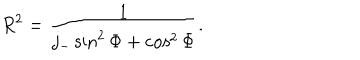
R ^ { 2 } = \frac { 1 } { j _ { - } \sin ^ { 2 } \Phi + \cos ^ { 2 } \Phi } .